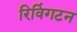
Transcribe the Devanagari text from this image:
रिविंगटन